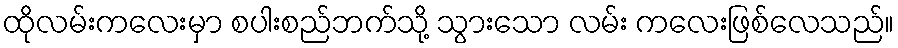
ထိုလမ်းကလေးမှာ စပါးစည်ဘက်သို့ သွားသော လမ်း ကလေးဖြစ်လေသည်။